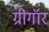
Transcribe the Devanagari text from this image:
ग्रीगॉर